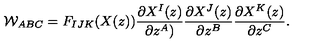
{ \cal W } _ { A B C } = F _ { I J K } ( X ( z ) ) \frac { \partial X ^ { I } ( z ) } { \partial z ^ { A } ) } \frac { \partial X ^ { J } ( z ) } { \partial z ^ { B } } \frac { \partial X ^ { K } ( z ) } { \partial z ^ { C } } .